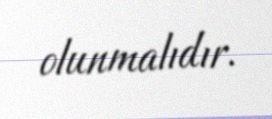
olunmalıdır.